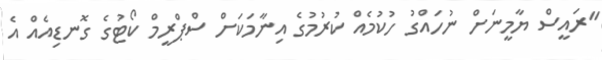
"ރައީސް ޔާމީނަށް ނުހައްގު ހުކުމެއް ކުރުމުގެ އިނާމަކަށް ސްޕްރީމް ކޯޓުގެ ގޮނޑިއެއް އެ